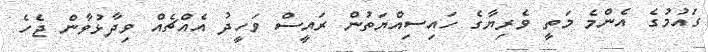
ގައުމުގެ އެންމެ މަތީ ވެރިޔާގެ ހައިސިއްޔަތުން ރައީސް ވަހީދު އެއްޗެއް ވިދާޅުވާން ޖެހެ